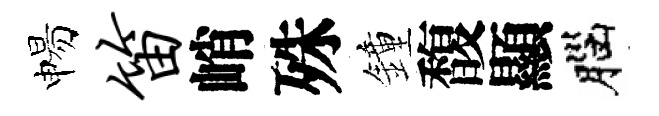
惕笛峭殊鐘馥顯腦